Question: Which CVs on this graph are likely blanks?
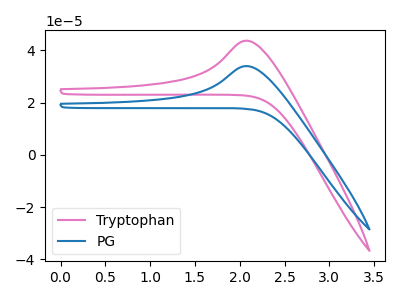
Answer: <think>The pink curve "Tryptophan" has an anodic peak at: (2.10V, 43.75uA). The blue curve "PG" has an anodic peak at: (2.10V, 34.05uA).</think>
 <answer>There are not any CV's on this graph that are likely to be blanks.</answer>
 <eval>none</eval>